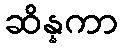
ဆိန္နကာ